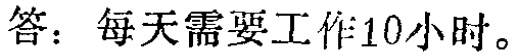
答：每天需要工作10小时。